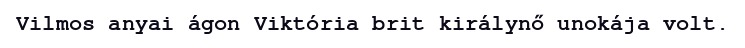
Vilmos anyai ágon Viktória brit királynő unokája volt.